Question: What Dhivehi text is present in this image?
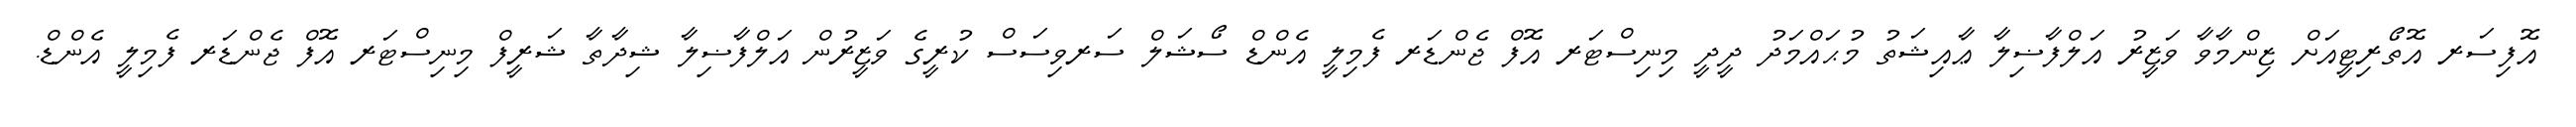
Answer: އޮފިސަރ އޮތޯރިޓީއަށް ޒިންމާވާ ވަޒީރު އަލްފާޟިލާ ޢާއިޝަތު މުޙައްމަދު ދީދީ މިނިސްޓަރ އޮފް ޖެންޑަރ ފެމިލީ އެންޑް ސޯޝަލް ސަރވިސަސް ކުރީގެ ވަޒީރުން އަލްފާޟިލާ ޝިދާތާ ޝަރީފް މިނިސްޓަރ އޮފް ޖެންޑަރ ފެމިލީ އެންޑް.